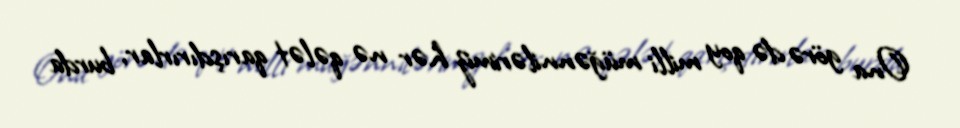
Ona görə də qoy milli müğənnilərimiz hər nə qələt qarışdırırlar, burda